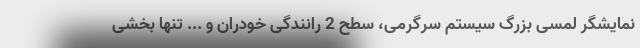
نمایشگر لمسی بزرگ سیستم سرگرمی، سطح 2 رانندگی خودران و ... تنها بخشی